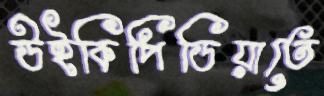
উইকিপিডিয়াতে